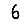
Digit: 6